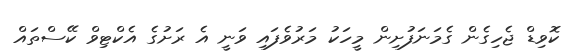
ކޮވިޑް ޖެހިގެން ގެމަނަފުށިން މީހަކު މަރުވެފައި ވަނީ އެ ރަށުގެ އެކްޓިވް ކޭސްތައް